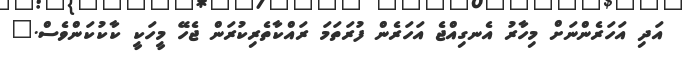
އަދި އަހަރެންނަށް މިހާރު އެނގިއްޖެ އަހަރެން ފުރަތަމަ ރައްކާތެރިކުރަން ޖެހޭ މީހަކީ ކާކުކަންވެސް."